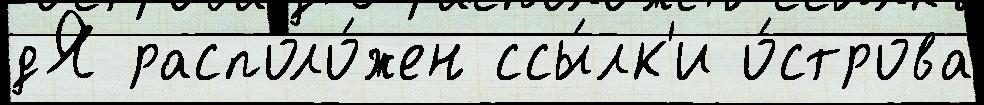
дЯ располо́жен ссы́лк'и о́строва